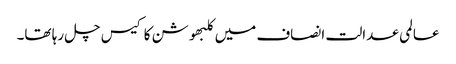
عالمی عدالت انصاف میں کلبھوشن کا کیس چل رہا تھا۔